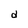
Character: d